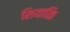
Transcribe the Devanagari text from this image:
शियाळि